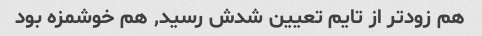
هم زودتر از تایم تعیین شدش رسید, هم خوشمزه بود